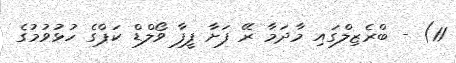
11) - ބްރެޒިލްގައި މާދަމާ ރޭ ފަށާ ފީފާ ވޯލްޑް ކަޕްގެ ހުޅުވުމުގެ